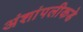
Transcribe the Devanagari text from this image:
अंशांपलीकडे